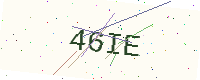
Text: 46IE